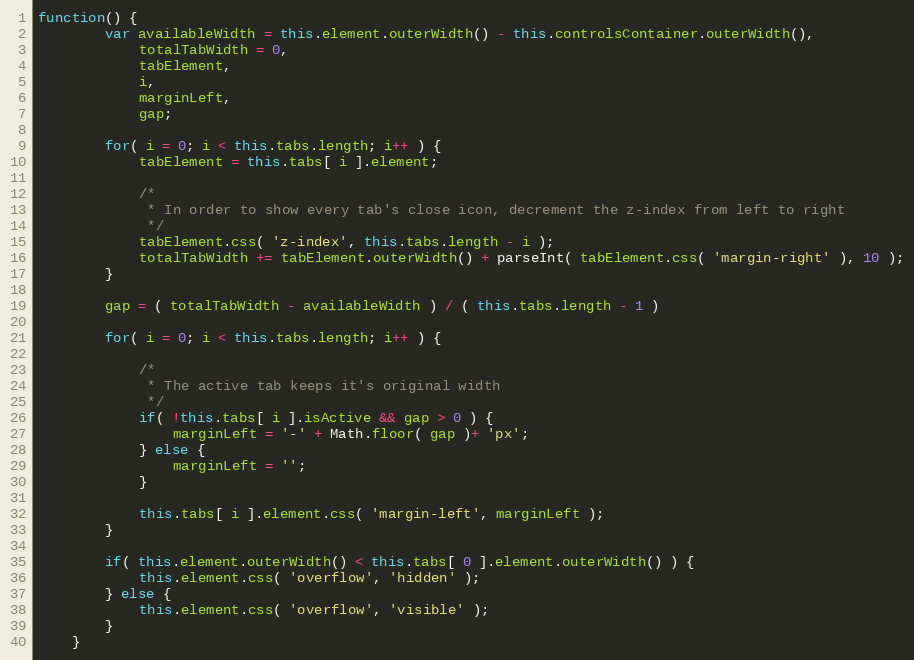
Language: JavaScript
function() {
		var availableWidth = this.element.outerWidth() - this.controlsContainer.outerWidth(),
			totalTabWidth = 0,
			tabElement,
			i,
			marginLeft,
			gap;

		for( i = 0; i < this.tabs.length; i++ ) {
			tabElement = this.tabs[ i ].element;

			/*
			 * In order to show every tab's close icon, decrement the z-index from left to right
			 */
			tabElement.css( 'z-index', this.tabs.length - i );
			totalTabWidth += tabElement.outerWidth() + parseInt( tabElement.css( 'margin-right' ), 10 );
		}

		gap = ( totalTabWidth - availableWidth ) / ( this.tabs.length - 1 )

		for( i = 0; i < this.tabs.length; i++ ) {

			/*
			 * The active tab keeps it's original width
			 */
			if( !this.tabs[ i ].isActive && gap > 0 ) {
				marginLeft = '-' + Math.floor( gap )+ 'px';
			} else {
				marginLeft = '';
			}

			this.tabs[ i ].element.css( 'margin-left', marginLeft );
		}

		if( this.element.outerWidth() < this.tabs[ 0 ].element.outerWidth() ) {
			this.element.css( 'overflow', 'hidden' );
		} else {
			this.element.css( 'overflow', 'visible' );
		}
	}